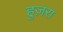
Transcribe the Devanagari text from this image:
हुज़रा